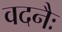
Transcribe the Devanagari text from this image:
वदनैः